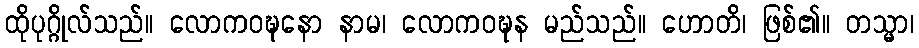
ထိုပုဂ္ဂိုလ်သည်။ လောကဝဍ္ဎနော နာမ၊ လောကဝဍ္ဎုန မည်သည်။ ဟောတိ၊ ဖြစ်၏။ တသ္မာ၊